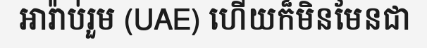
អារ៉ាប់រួម (UAE) ហើយក៏មិនមែនជា